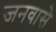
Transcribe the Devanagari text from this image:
जनवासे